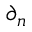
\partial _ { n }